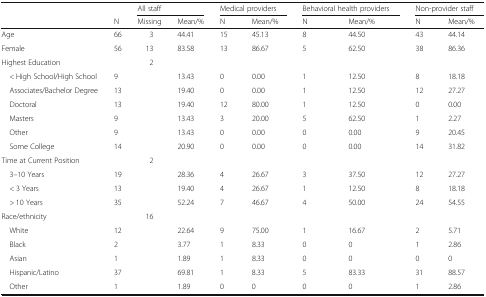
|  |  | <COLSPAN=2> All staff | <COLSPAN=2> Medical providers | <COLSPAN=2> Behavioral health providers | <COLSPAN=2> Non-provider staff |
 |  | N | Missing | Mean/% | N | Mean/% | N | Mean/% | N | Mean/% |
 | --- | --- | --- | --- | --- | --- | --- | --- | --- | --- |
 | Age | 66 | 3 | 44.41 | 15 | 45.13 | 8 | 44.50 | 43 | 44.14 |
 | Female | 56 | 13 | 83.58 | 13 | 86.67 | 5 | 62.50 | 38 | 86.36 |
 | Highest Education |  | 2 |  |  |  |  |  |  |  |
 | < High School/High School | 9 |  | 13.43 | 0 | 0.00 | 1 | 12.50 | 8 | 18.18 |
 | Associates/Bachelor Degree | 13 |  | 19.40 | 0 | 0.00 | 1 | 12.50 | 12 | 27.27 |
 | Doctoral | 13 |  | 19.40 | 12 | 80.00 | 1 | 12.50 | 0 | 0.00 |
 | Masters | 9 |  | 13.43 | 3 | 20.00 | 5 | 62.50 | 1 | 2.27 |
 | Other | 9 |  | 13.43 | 0 | 0.00 | 0 | 0.00 | 9 | 20.45 |
 | Some College | 14 |  | 20.90 | 0 | 0.00 | 0 | 0.00 | 14 | 31.82 |
 | Time at Current Position |  | 2 |  |  |  |  |  |  |  |
 | 3–10 Years | 19 |  | 28.36 | 4 | 26.67 | 3 | 37.50 | 12 | 27.27 |
 | < 3 Years | 13 |  | 19.40 | 4 | 26.67 | 1 | 12.50 | 8 | 18.18 |
 | > 10 Years | 35 |  | 52.24 | 7 | 46.67 | 4 | 50.00 | 24 | 54.55 |
 | Race/ethnicity |  | 16 |  |  |  |  |  |  |  |
 | White | 12 |  | 22.64 | 9 | 75.00 | 1 | 16.67 | 2 | 5.71 |
 | Black | 2 |  | 3.77 | 1 | 8.33 | 0 | 0 | 1 | 2.86 |
 | Asian | 1 |  | 1.89 | 1 | 8.33 | 0 | 0 | 0 | 0 |
 | Hispanic/Latino | 37 |  | 69.81 | 1 | 8.33 | 5 | 83.33 | 31 | 88.57 |
 | Other | 1 |  | 1.89 | 0 | 0 | 0 | 0 | 1 | 2.86 |